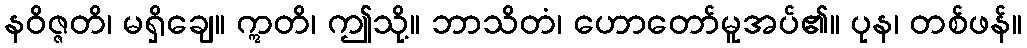
နဝိဇ္ဇတိ၊ မရှိချေ။ ဣတိ၊ ဤသို့။ ဘာသိတံ၊ ဟောတော်မူအပ်၏။ ပုန၊ တစ်ဖန်။